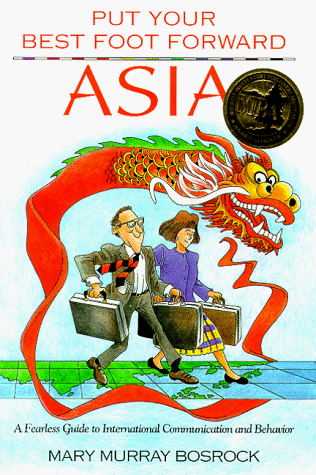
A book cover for Asia: A Fearless Guide to International Communication and Behavior (Put Your Best Foot Forward); Mary Murray Bosrock; Travel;